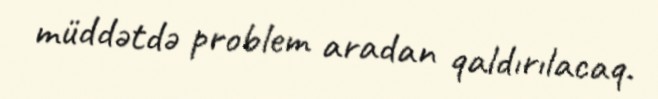
müddətdə problem aradan qaldırılacaq.